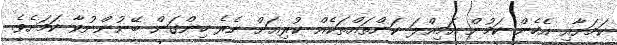
ކަމަށާއި އެހެން ކަމުން އަމިއްލަ ކަންތައްތަކެއް ކުރިއަށް ނެރެ ހިންގަން ބޭނުންނުވާ ކަމަށެވެ.